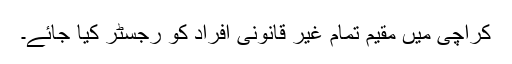
کراچی میں مقیم تمام غیر قانونی افراد کو رجسٹر کیا جائے۔